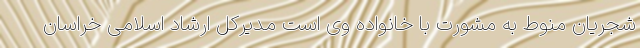
شجریان منوط به مشورت با خانواده وی است مدیرکل ارشاد اسلامی خراسان